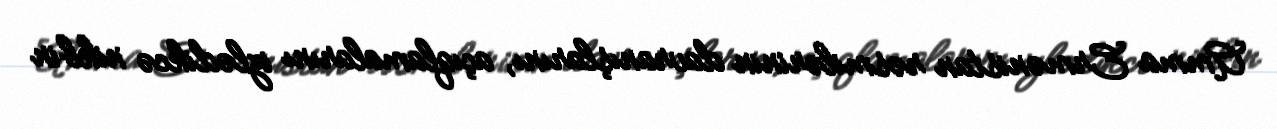
Amma Ermənistan rəsmilərinin davranışlarını, açıqlamalarını izlədikcə nikbin